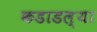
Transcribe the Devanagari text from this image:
कडाडल्या